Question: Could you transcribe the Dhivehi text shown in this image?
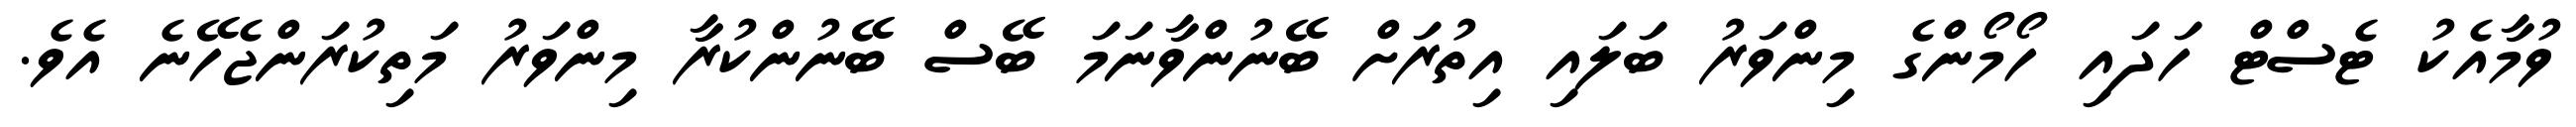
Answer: ވުމާއެކު ޓެސްޓް ހަދައި ހޯމޯންގެ މިންވަރު ބަލައި އިތުރަށް ބޭނުންވާނަމަ ބޭސް ބޭނުންކުރާ މިންވަރު މަތިކުރަންޖެހޭނެ އެވެ.